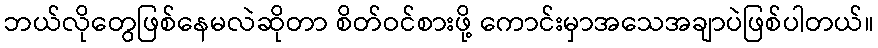
ဘယ်လိုတွေဖြစ်နေမလဲဆိုတာ စိတ်ဝင်စားဖို့ ကောင်းမှာအသေအချာပဲဖြစ်ပါတယ်။